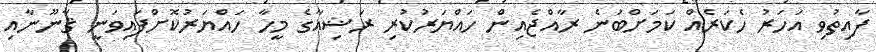
ފާއިތުވި އަހަރު ހެކަރެއް ކަމަށްބުނެ ރާއްޖެއިން ހައްޔަރުކުރި ރަޝިއާގެ މީހާ ހައްޔަރުކޮށްފައިވަނީ ޤާނޫނާއި